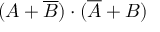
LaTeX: ( A + { \overline { { B } } } ) \cdot ( { \overline { { A } } } + B )